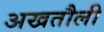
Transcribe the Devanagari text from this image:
अखतौली